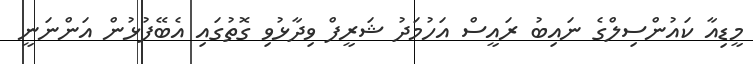
މީޑިއާ ކައުންސިލްގެ ނައިބު ރައީސް އަހުމަދު ޝަރީފް ވިދާޅުވި ގޮތުގައި އެބޭފުޅުން އަންނަނީ